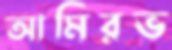
আমিরভ